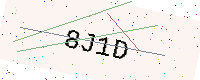
Text: 8J1D